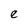
Character: e